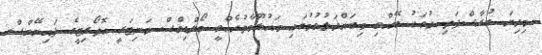
މިދިޔަ ބުރާސްފަތި ދުވަހު ބޭއްވި މިބައްދަލުވުމުގައި މައުލޫމާތުދެއްވީ މޯލްޑިވްސް މަނިޓަރީ އޮތޯރިޓީގެ ފައިނޭންސް